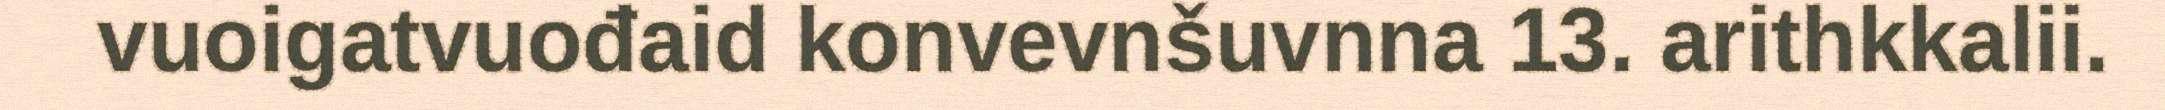
vuoigatvuođaid konvevnšuvnna 13. arithkkalii.